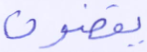
بوتان